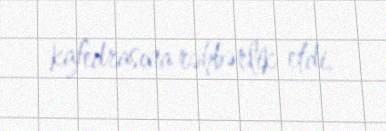
kafedrasına rəhbərlik etdi.